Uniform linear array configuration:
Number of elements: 8
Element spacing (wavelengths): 0.25
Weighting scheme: hann
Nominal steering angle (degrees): -60
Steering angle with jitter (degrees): -60.271
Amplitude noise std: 0.05
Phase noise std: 0.05

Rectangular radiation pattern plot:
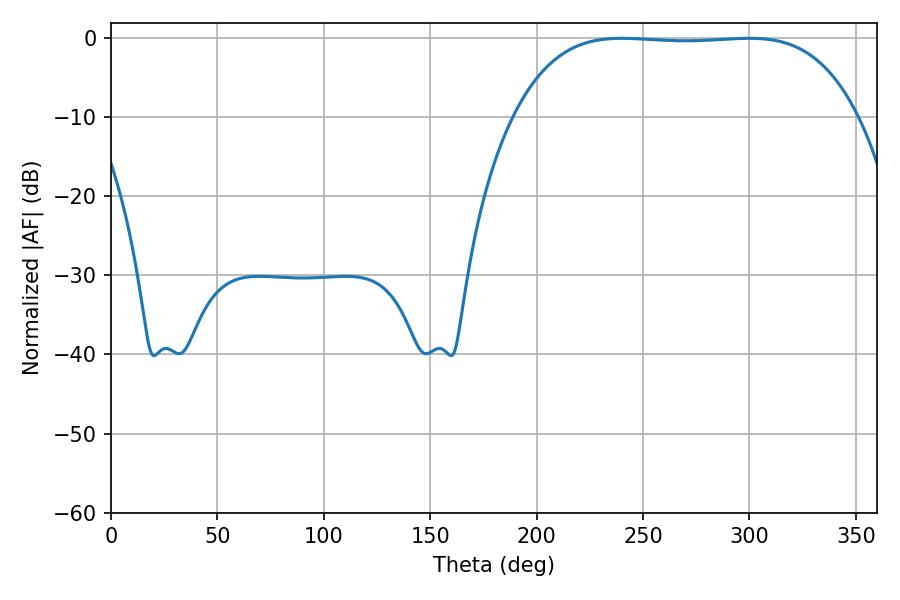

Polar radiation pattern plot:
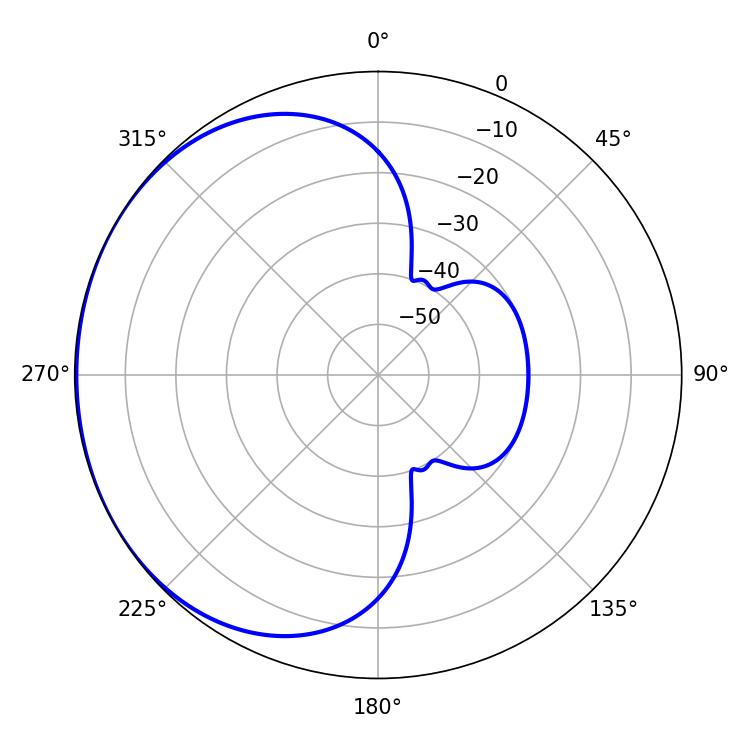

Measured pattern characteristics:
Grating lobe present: FALSE
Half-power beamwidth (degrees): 125.28
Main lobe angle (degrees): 240.12